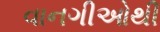
વાનગીઓથી